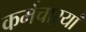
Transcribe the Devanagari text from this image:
कर्मचाऱ्यां